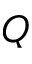
Q